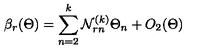
\beta _ { r } ( \Theta ) = \sum _ { n = 2 } ^ { k } { \cal N } _ { r n } ^ { ( k ) } \Theta _ { n } + O _ { 2 } ( \Theta )